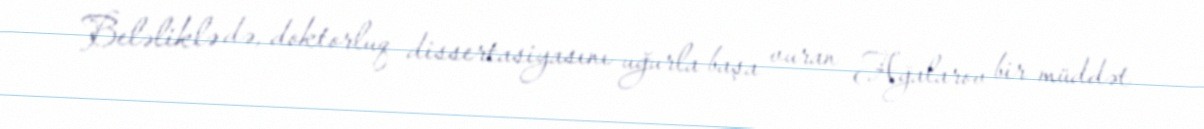
Beləliklə də, doktorluq dissertasiyasını uğurla başa vuran Ağalarov bir müddət